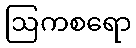
ဩကစရော